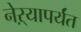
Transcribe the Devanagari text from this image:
नेऱ्यापर्यंत